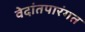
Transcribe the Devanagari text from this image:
वेदांतपारंगत